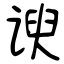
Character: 谀